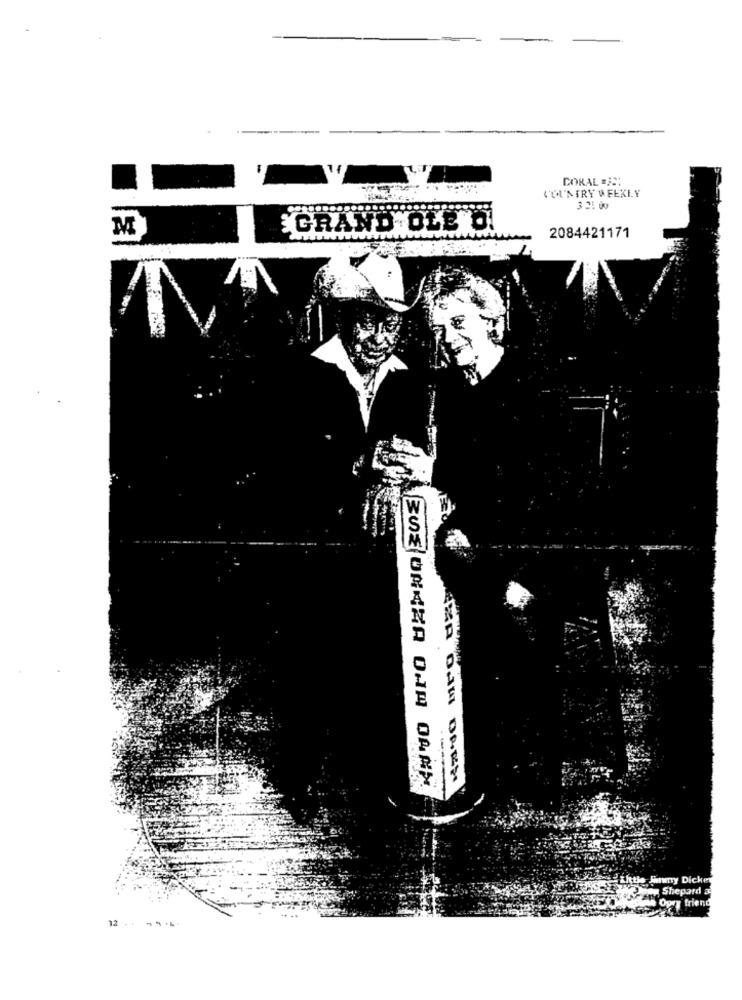
CORAL A:
COUNTRY WEEKLY
GRAND OLE O
2084421171
ZUELOANHA ONA ORAN
12 .. .....